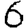
Digit: 6